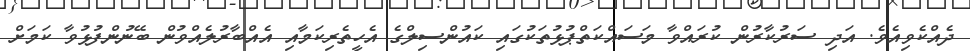
ދެއްކެވިއެވެ. އަދި ސަރުކާރުން ކުރައްވާ މަސައްކަތްޕުޅުތަކުގައި ކައުންސިލްގެ އެހީތެރިކަމާއި އެއްބާރުލެއްވުން ބޭނުންފުޅުވާ ކަމަށް